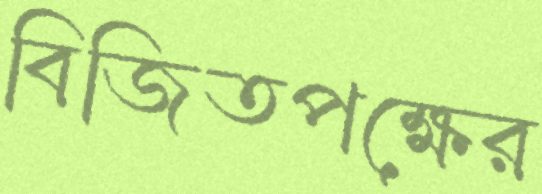
বিজিতপক্ষের